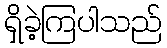
ရှိခဲ့ကြပါသည်